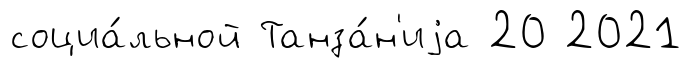
социа́льной Танза́н'иjа 20 2021